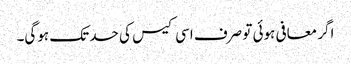
اگر معافی ہوئی تو صرف اسی کیس کی حد تک ہوگی۔